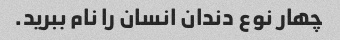
چهار نوع دندان انسان را نام ببرید.